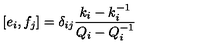
\lbrack e _ { i } , f _ { j } ] = \delta _ { i j } \frac { k _ { i } - k _ { i } ^ { - 1 } } { Q _ { i } - Q _ { i } ^ { - 1 } }